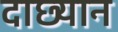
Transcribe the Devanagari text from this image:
दाछ्यान